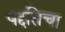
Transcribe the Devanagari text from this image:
पद्दतिचा